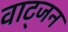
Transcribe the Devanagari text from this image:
वाट्जन